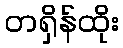
တရှိန်ထိုး